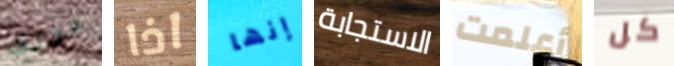
دورى اذا إنها الاستجابة أعلمت كل